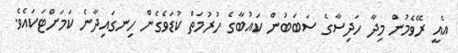
އެއީ ރޭވެމުން މިދާ ހަދިސާގެ ސަބަބުން ކައުބާގެ ހުރުމަތް ކުޑަވެގެން ހިނގައިދާނެ ކަމަށްޓަކައެވެ.